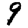
Digit: 9